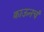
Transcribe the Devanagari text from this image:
क्राऊनचं